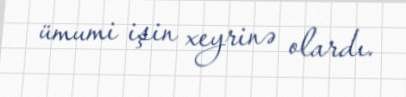
ümumi işin xeyrinə olardı.